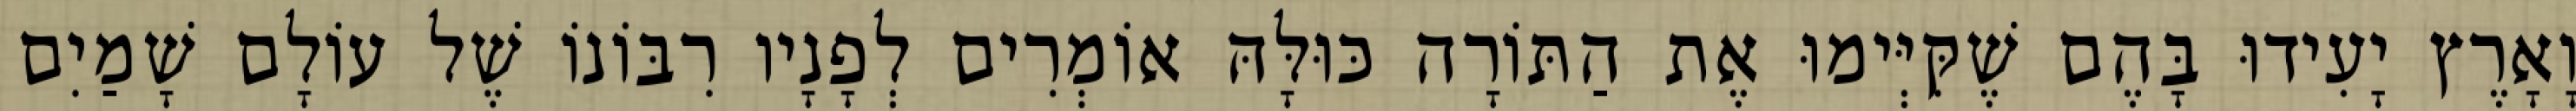
וָאָרֶץ יָעִידוּ בָּהֶם שֶׁקִּיְּימוּ אֶת הַתּוֹרָה כּוּלָּהּ אוֹמְרִים לְפָנָיו רִבּוֹנוֹ שֶׁל עוֹלָם שָׁמַיִם